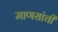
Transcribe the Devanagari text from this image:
माणसांचीं